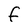
Character: F